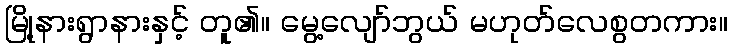
မြို့နားရွာနားနှင့် တူ၏။ မွေ့လျော်ဘွယ် မဟုတ်လေစွတကား။